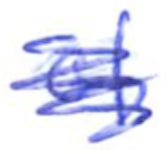
Text: of
Cross-out: scratch
Writing tool: ballpoint